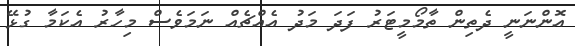
އޮންނަނީ ދެތިން ތާމޯމީޓަރު ފަދަ މަދު އެއްޗެއް ނަމަވެސް މިހާރު އެކަމާ ގުޅޭ